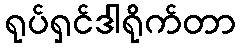
ရုပ်ရှင်ဒါရိုက်တာ